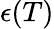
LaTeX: \epsilon(T)